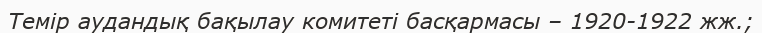
Темір аудандық бақылау комитеті басқармасы – 1920-1922 жж.;